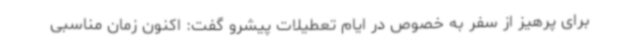
برای پرهیز از سفر به خصوص در ایام تعطیلات پیشرو گفت: اکنون زمان مناسبی